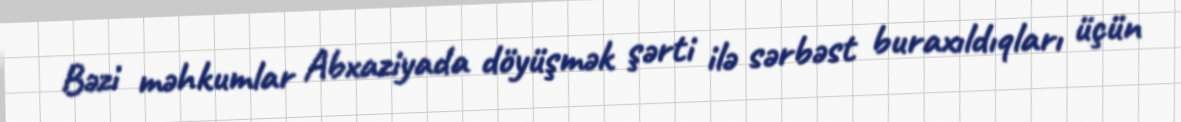
Bəzi məhkumlar Abxaziyada döyüşmək şərti ilə sərbəst buraxıldıqları üçün